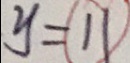
y = \textcircled { 1 1 }